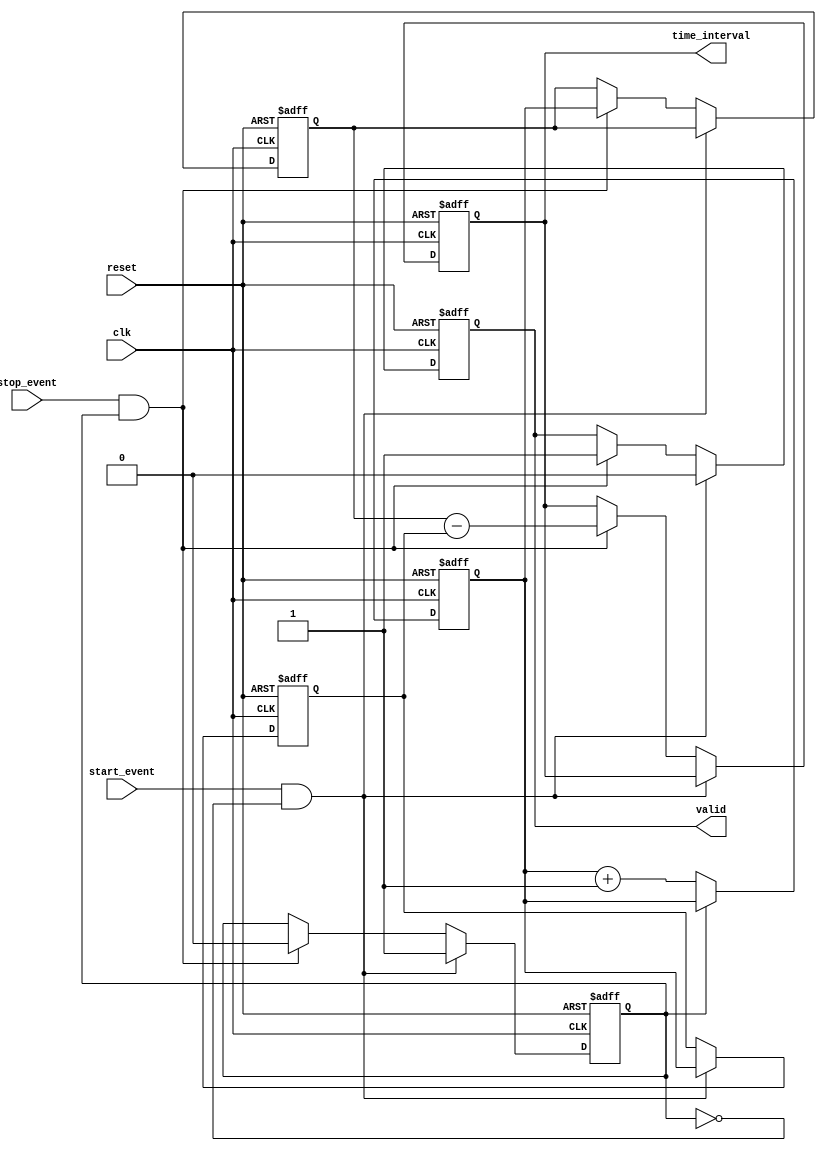
module TDC (
    input wire clk,               // High-frequency clock
    input wire reset,             // Asynchronous reset
    input wire start_event,       // Start event signal
    input wire stop_event,        // Stop event signal
    output reg [31:0] time_interval, // Output time interval
    output reg valid              // Output valid signal
);

    reg [31:0] counter;           // Counter to track clock cycles
    reg [31:0] start_time;        // Timestamp for start event
    reg [31:0] stop_time;         // Timestamp for stop event
    reg capturing;                // State to indicate capturing timestamps

    // Counter logic
    always @(posedge clk or posedge reset) begin
        if (reset) begin
            counter <= 32'b0;
        end else begin
            if (!capturing) begin
                counter <= counter + 1; // Increment counter on clock edge
            end
        end
    end

    // Event detection and timestamp storage
    always @(posedge clk or posedge reset) begin
        if (reset) begin
            start_time <= 32'b0;
            stop_time <= 32'b0;
            time_interval <= 32'b0;
            valid <= 1'b0;
            capturing <= 1'b0;
        end else begin
            if (start_event && !capturing) begin
                start_time <= counter; // Capture start time
                capturing <= 1'b1;      // Start capturing
                valid <= 1'b0;          // Reset valid signal
            end else if (stop_event && capturing) begin
                stop_time <= counter;  // Capture stop time
                time_interval <= stop_time - start_time; // Calculate time interval
                valid <= 1'b1;          // Set valid signal
                capturing <= 1'b0;      // Stop capturing
            end
        end
    end

endmodule